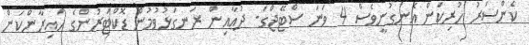
ކެންސަރު ހުރިކަން އެނގުނީވެސް 4 ވަނަ ސްޓޭޖްގަ- ދުޢާއިން ރަނގަޅުވުމުން ޑޮކްޓަރުންގެ ހައިރާންކަން